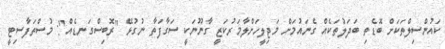
ކައުންސިލްތަކަށް ބޮޑެތި ބަދަލުތަކެއް ގެނައުމަށް މަޖިލީހަށްލާމަރުކަޒީ ގާނޫނަކީ ސަގާފަތާ ނުގުޅޭ "ރޮބިސްގަނޑެއް": މުސްތަފާސިޓީ